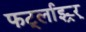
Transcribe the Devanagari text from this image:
फर्ट्लाइर्‍र्